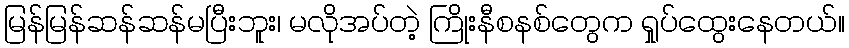
မြန်မြန်ဆန်ဆန်မပြီးဘူး၊ မလိုအပ်တဲ့ ကြိုးနီစနစ်တွေက ရှုပ်ထွေးနေတယ်။